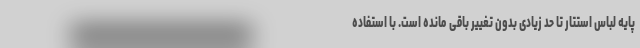
پایه لباس استتار تا حد زیادی بدون تغییر باقی مانده است. با استفاده